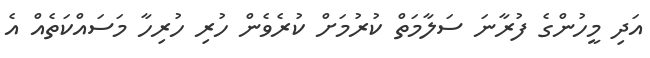
އަދި މީހުންގެ ފުރާނަ ސަލާމަތް ކުރުމަށް ކުރެވެން ހުރި ހުރިހާ މަސައްކަތެއް އެ